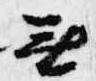
無